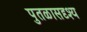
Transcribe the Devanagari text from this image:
पुतळासदृश्य